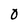
Character: 0